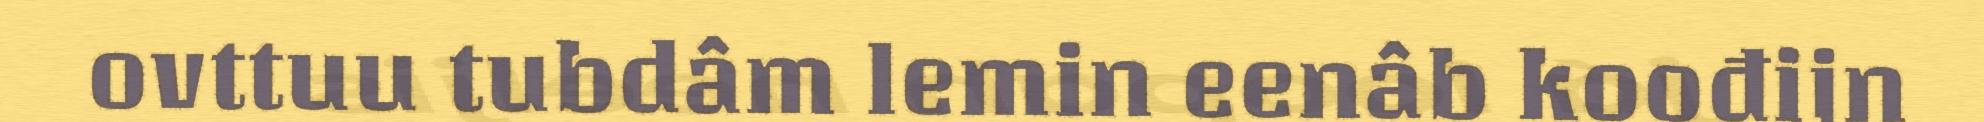
ovttuu tubdâm lemin eenâb koođijn